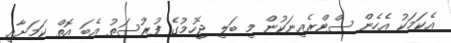
އެކަމަކު އެހެން ސްޓްރެއިނަކުން މި ބަލި ޖެހުމުގެ ފުރުސަތު އެބަ އޮތް ކަމަށާއި